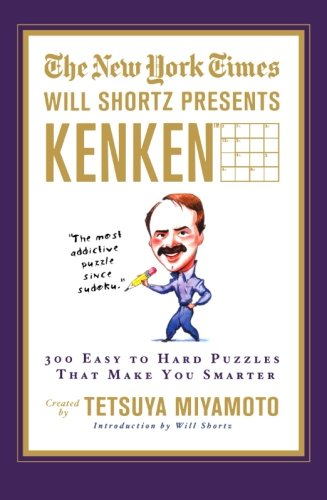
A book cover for The New York Times Will Shortz Presents KenKen: 300 Easy to Hard Puzzles That Make You Smarter; The New York Times; Humor & Entertainment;